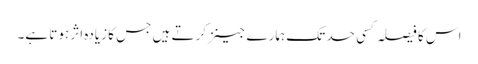
اس کا فیصلہ کسی حد تک ہمارے جینز کرتے ہیں جس کا زیادہ اثر ہوتا ہے۔